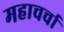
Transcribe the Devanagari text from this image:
महाचर्चा